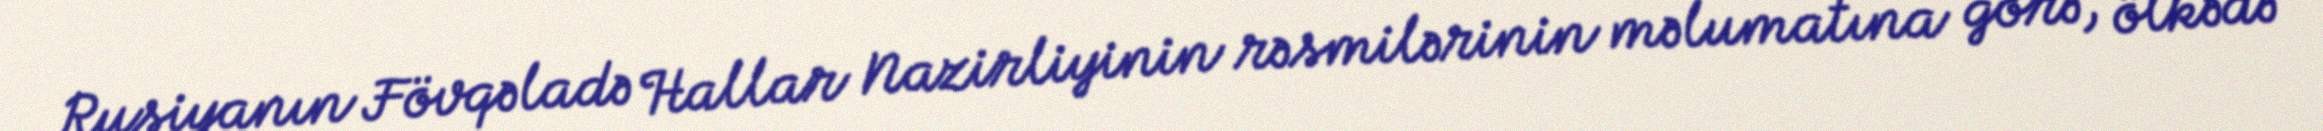
Rusiyanın Fövqəladə Hallar Nazirliyinin rəsmilərinin məlumatına görə, ölkədə